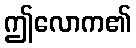
ဤလောက၏